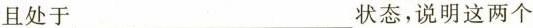
且处于___状态，说明这两个